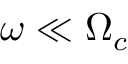
\omega \ll \Omega _ { c }